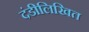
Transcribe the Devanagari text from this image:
दंडीलिखित